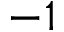
- 1